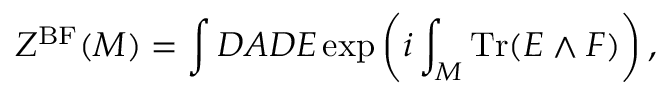
Z ^ { \mathrm { B F } } ( { \cal M } ) = \int { \cal D } A { \cal D } E \exp \left( i \int _ { \cal M } \mathrm { T r } ( E \wedge F ) \right) ,